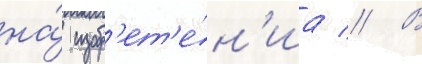
на́ изобр'ет'е́н'иа // В